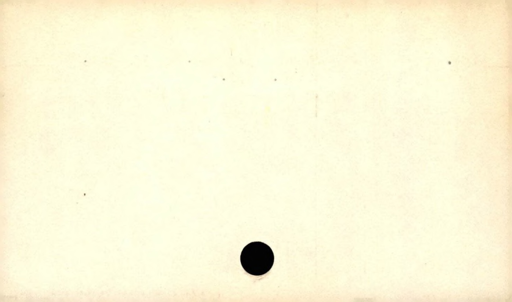
Label: blank